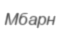
Мбарн